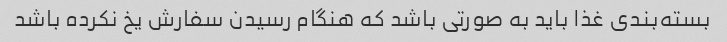
بسته‌بندی غذا باید به صورتی باشد که هنگام رسیدن سفارش یخ نکرده باشد